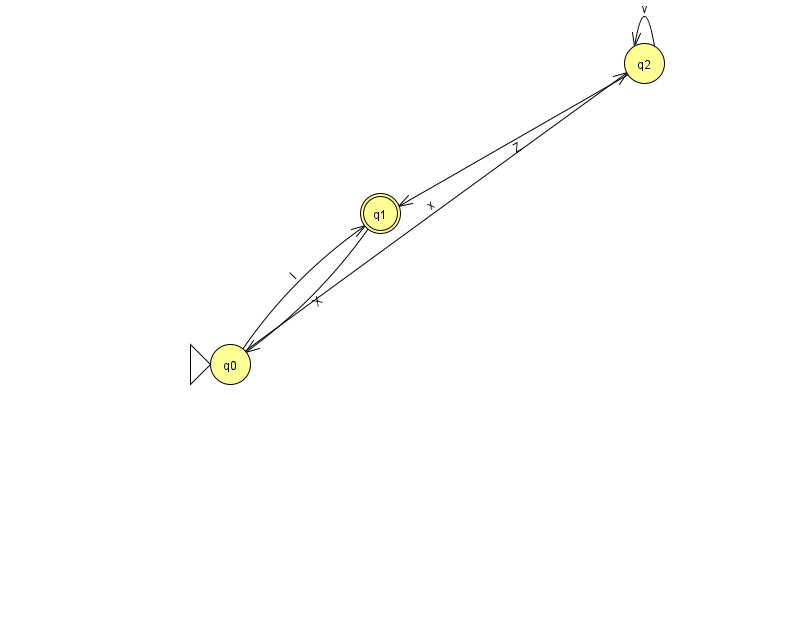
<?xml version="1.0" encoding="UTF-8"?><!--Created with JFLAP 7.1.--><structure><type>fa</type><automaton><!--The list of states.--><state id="0" name="q0"><x>230.0</x><y>351.0</y><initial/></state><state id="1" name="q1"><x>380.0</x><y>200.0</y><final/></state><state id="2" name="q2"><x>644.0</x><y>50.0</y></state><!--The list of transitions.--><transition><from>2</from><to>1</to><read>Z</read></transition><transition><from>1</from><to>0</to><read>X</read></transition><transition><from>2</from><to>2</to><read>v</read></transition><transition><from>0</from><to>1</to><read>l</read></transition><transition><from>0</from><to>2</to><read>x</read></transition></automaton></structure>